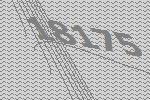
18175